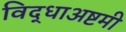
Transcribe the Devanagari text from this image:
विद्धाअष्टमी